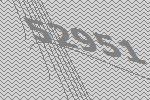
52951